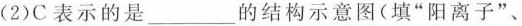
(2)C表示的是___的结构示意图（填”阳离子”、